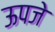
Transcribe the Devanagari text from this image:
ऊपजे